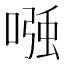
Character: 𭉹